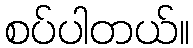
စပ်ပါတယ်။